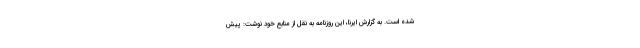
شده است. به گزارش ایرنا، این روزنامه به نقل از منابع خود نوشت: پیش